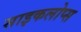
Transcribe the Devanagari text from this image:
साइकलोप्स